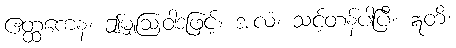
ဧတ္ထကေန၊ ဤမျှဩဝါဒဖြင့်။ အလံ၊ သင့်တန်ပါပြီ။ ဣတိ၊